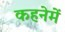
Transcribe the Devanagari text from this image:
कहनेमें